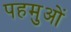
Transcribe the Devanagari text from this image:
पहमुओं